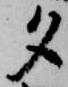
夕